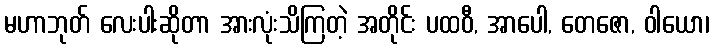
မဟာဘုတ် လေးပါးဆိုတာ အားလုံးသိကြတဲ့ အတိုင်း ပထဝီ, အာပေါ, တေဇော, ဝါယော၊